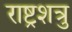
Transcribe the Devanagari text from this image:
राष्ट्रशत्रु